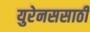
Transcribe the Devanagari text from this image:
युरेनससाठी